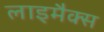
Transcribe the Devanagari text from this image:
लाइमैक्स